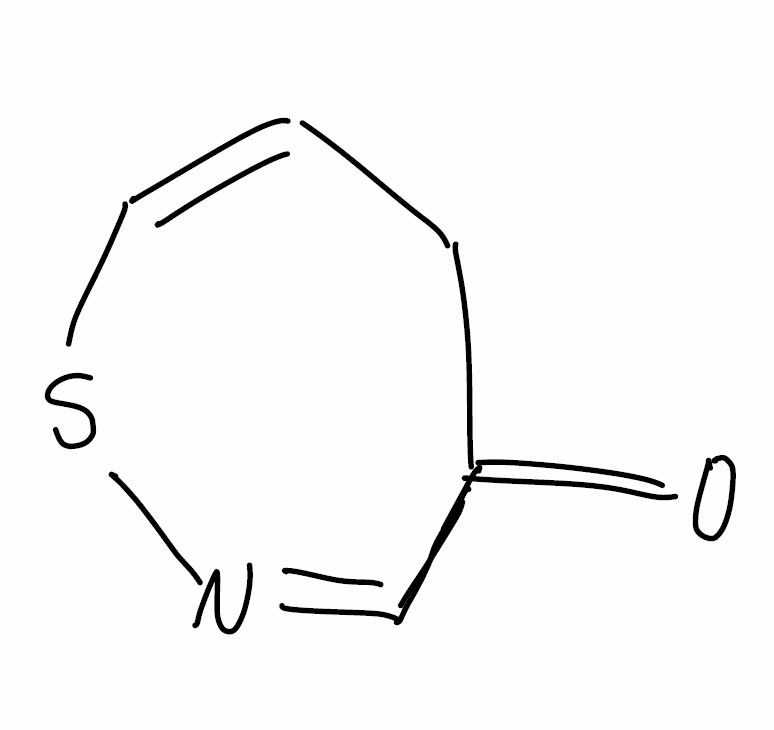
Simplified molecular-input line-entry system (SMILES) notation of the given molecule:
C1C=CSN=CC1=O